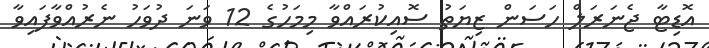
އޮޑިޓާ ޖެނަރަލް ހަސަން ޒިޔަތު ސޮއިކުރައްވާ މިމަހުގެ 12 ވަނަ ދުވަހު ނެރުއްވާފައިވާ